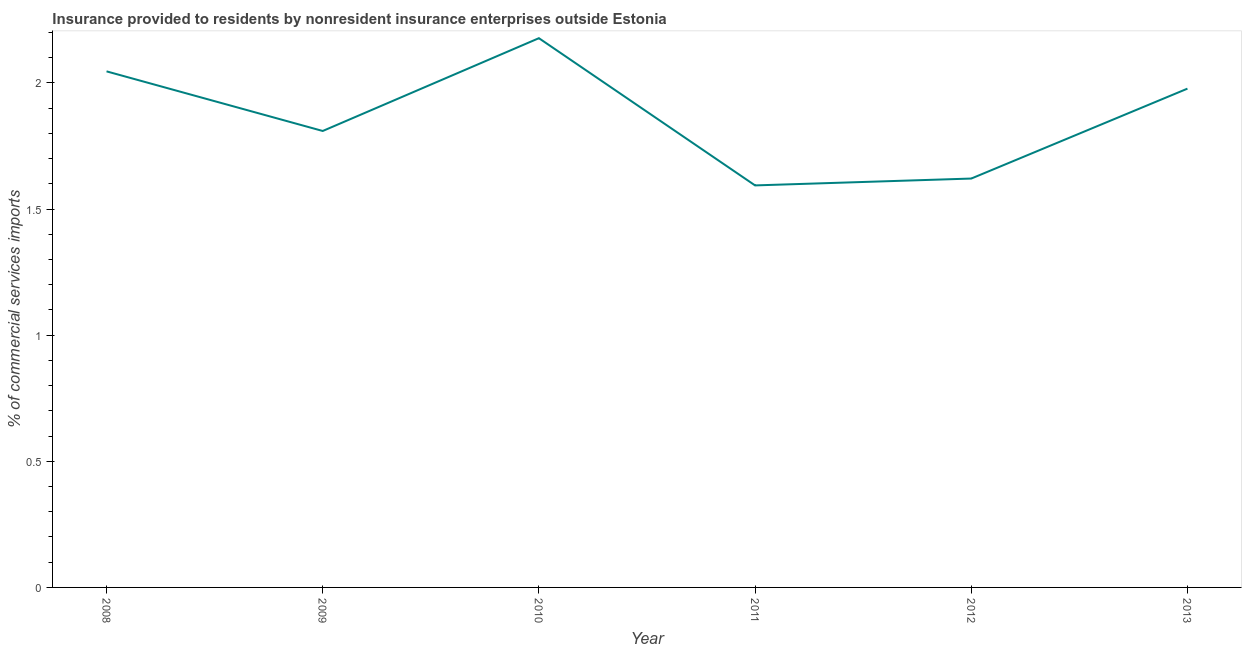
| Year | Insurance provided by non-residents |
 | --- | --- |
 | 2008 | 2.05 |
 | 2009 | 1.81 |
 | 2010 | 2.18 |
 | 2011 | 1.59 |
 | 2012 | 1.62 |
 | 2013 | 1.98 |